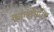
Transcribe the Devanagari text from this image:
कांग्लोमरेट